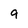
Character: 9